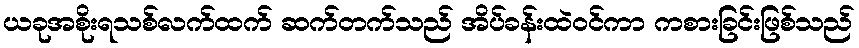
ယခုအစိုးရသစ်လက်ထက် ဆက်တက်သည် အိပ်ခန်းထဲဝင်ကာ ကစားခြင်းဖြစ်သည်